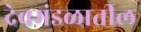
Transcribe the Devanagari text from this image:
देवमंडळातील